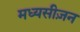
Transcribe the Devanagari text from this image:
मध्यसीज़न